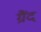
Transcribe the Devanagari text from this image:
ग्रैंद